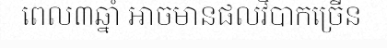
ពេល៣ឆ្នាំ អាចមានផលវិបាកច្រើន